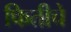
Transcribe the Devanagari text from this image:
फितीचे